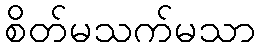
စိတ်မသက်မသာ